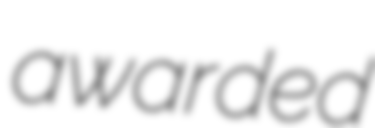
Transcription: awarded